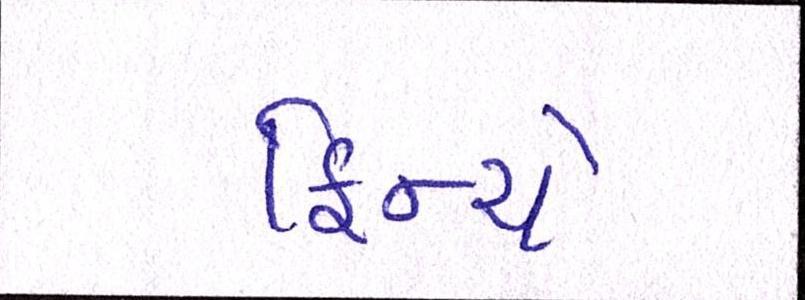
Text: ફિન્ચે